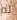
لم